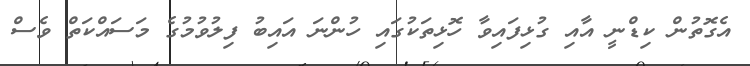
އެގޮތުން ކިޑްނީ އާއި ގުޅިފައިވާ ހޮޅިތަކުގައި ހުންނަ އައިބު ފިލުވުމުގެ މަސައްކަތް ވެސް